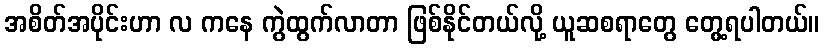
အစိတ်အပိုင်းဟာ လ ကနေ ကွဲထွက်လာတာ ဖြစ်နိုင်တယ်လို့ ယူဆစရာတွေ တွေ့ရပါတယ်။